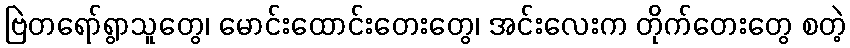
ဗြဲတရော်ရွာသူတွေ၊ မောင်းထောင်းတေးတွေ၊ အင်းလေးက တိုက်တေးတွေ စတဲ့